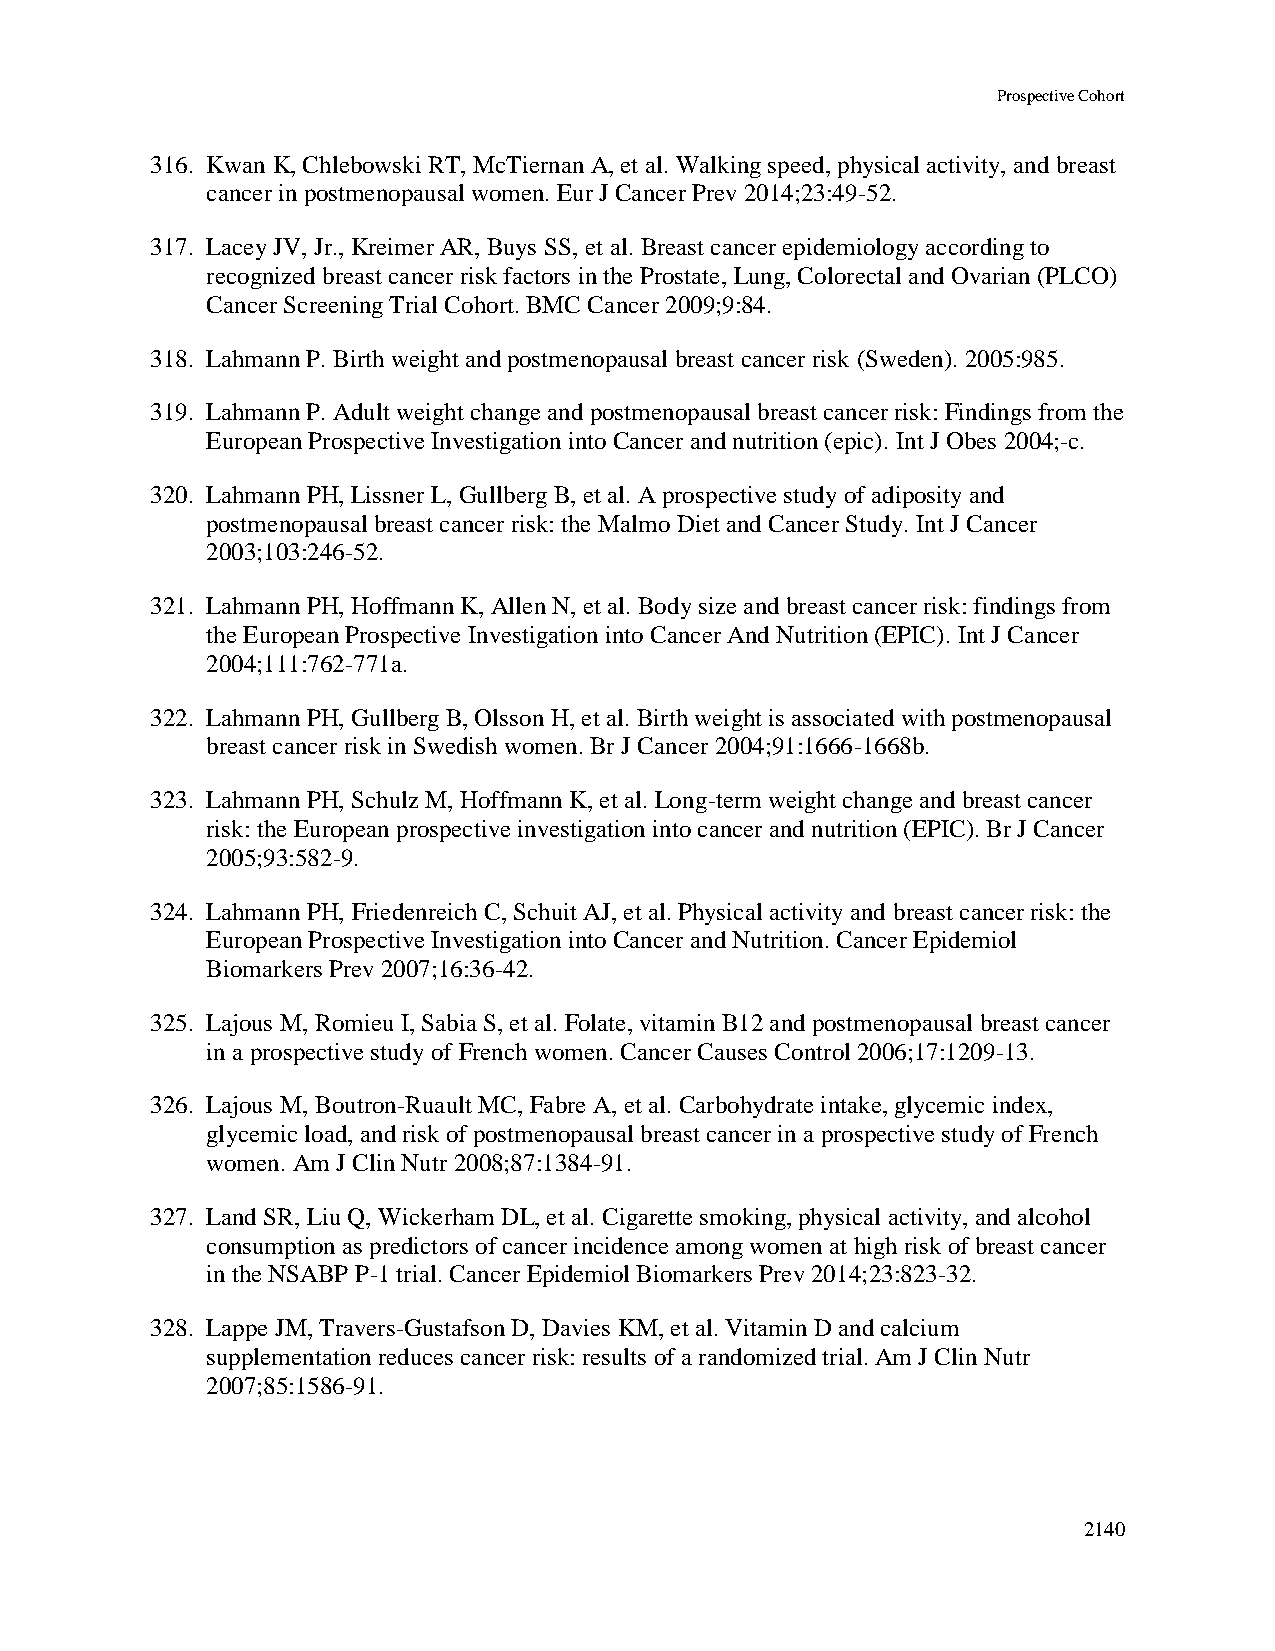
Prospective Cohort
 316. Kwan K, Chlebowski RT, McTiernan A, et al. Walking speed, physical activity, and breast
 cancer in postmenopausal women. Eur J Cancer Prev 2014;23:49-52.
 317. Lacey JV, Jr., Kreimer AR, Buys SS, et al. Breast cancer epidemiology according to
 recognized breast cancer risk factors in the Prostate, Lung, Colorectal and Ovarian (PLCO)
 Cancer Screening Trial Cohort. BMC Cancer 2009;9:84.
 318. Lahmann P. Birth weight and postmenopausal breast cancer risk (Sweden). 2005:985.
 319. Lahmann P. Adult weight change and postmenopausal breast cancer risk: Findings from the
 European Prospective Investigation into Cancer and nutrition (epic). Int J Obes 2004;-c.
 320. Lahmann PH, Lissner L, Gullberg B, et al. A prospective study of adiposity and
 postmenopausal breast cancer risk: the Malmo Diet and Cancer Study. Int J Cancer
 2003;103:246-52.
 321. Lahmann PH, Hoffmann K, Allen N, et al. Body size and breast cancer risk: findings from
 the European Prospective Investigation into Cancer And Nutrition (EPIC). Int J Cancer
 2004;111:762-771a.
 322. Lahmann PH, Gullberg B, Olsson H, et al. Birth weight is associated with postmenopausal
 breast cancer risk in Swedish women. Br J Cancer 2004;91:1666-1668b.
 323. Lahmann PH, Schulz M, Hoffmann K, et al. Long-term weight change and breast cancer
 risk: the European prospective investigation into cancer and nutrition (EPIC). Br J Cancer
 2005;93:582-9.
 324. Lahmann PH, Friedenreich C, Schuit AJ, et al. Physical activity and breast cancer risk: the
 European Prospective Investigation into Cancer and Nutrition. Cancer Epidemiol
 Biomarkers Prev 2007;16:36-42.
 325. Lajous M, Romieu I, Sabia S, et al. Folate, vitamin B12 and postmenopausal breast cancer
 in a prospective study of French women. Cancer Causes Control 2006;17:1209-13.
 326. Lajous M, Boutron-Ruault MC, Fabre A, et al. Carbohydrate intake, glycemic index,
 glycemic load, and risk of postmenopausal breast cancer in a prospective study of French
 women. Am J Clin Nutr 2008;87:1384-91.
 327. Land SR, Liu Q, Wickerham DL, et al. Cigarette smoking, physical activity, and alcohol
 consumption as predictors of cancer incidence among women at high risk of breast cancer
 in the NSABP P-1 trial. Cancer Epidemiol Biomarkers Prev 2014;23:823-32.
 328. Lappe JM, Travers-Gustafson D, Davies KM, et al. Vitamin D and calcium
 supplementation reduces cancer risk: results of a randomized trial. Am J Clin Nutr
 2007;85:1586-91.
 2140